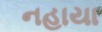
નહાયા